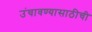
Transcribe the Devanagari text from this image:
उंचावण्यासाठीची